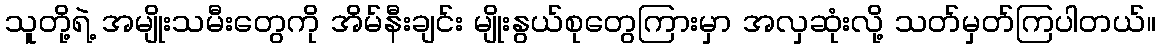
သူတို့ရဲ့ အမျိုးသမီးတွေကို အိမ်နီးချင်း မျိုးနွယ်စုတွေကြားမှာ အလှဆုံးလို့ သတ်မှတ်ကြပါတယ်။